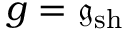
g = \mathfrak { g } _ { \mathrm { s h } }